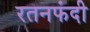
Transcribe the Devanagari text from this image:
रतनफंदी